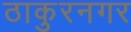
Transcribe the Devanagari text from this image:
ठाकुरनगर